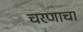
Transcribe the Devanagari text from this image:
चरणाचा